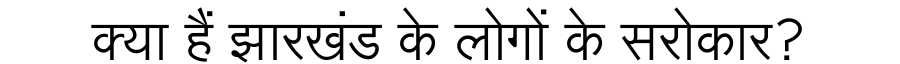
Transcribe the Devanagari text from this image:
क्या हैं झारखंड के लोगों के सरोकार?